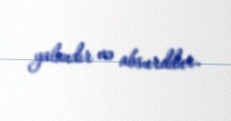
yalandır və absurddur.